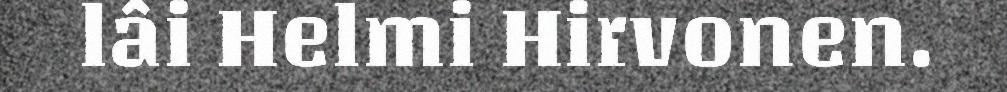
lâi Helmi Hirvonen.